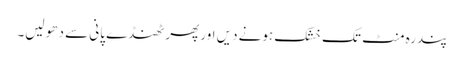
پندرہ منٹ تک خشک ہونے دیں اور پھر ٹھنڈے پانی سے دھو لیں۔